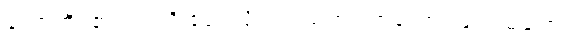
ဟောတိ၊ ၏။ ဣတိ ဧဝံ၊ သို့။ ဥပသံဟရဏတော၊ ဖြင့်။ မရဏံ၊